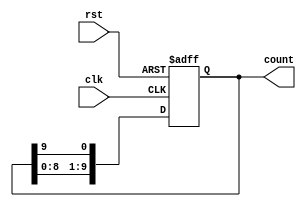
module DecadeRingCounter (
    input wire clk,        // Clock signal
    input wire rst,        // Asynchronous reset
    output reg [9:0] count // 10-bit output representing the current state
);

    // Initial state
    initial begin
        count = 10'b0000000001; // Start at state 0
    end

    always @(posedge clk or posedge rst) begin
        if (rst) begin
            // Asynchronous reset to state 0
            count <= 10'b0000000001; // Reset to state 0
        end else begin
            // Shift the '1' to the next position
            count <= {count[8:0], count[9]}; // Shift left and wrap around
        end
    end

endmodule